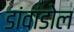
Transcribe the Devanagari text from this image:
डांवांडोल